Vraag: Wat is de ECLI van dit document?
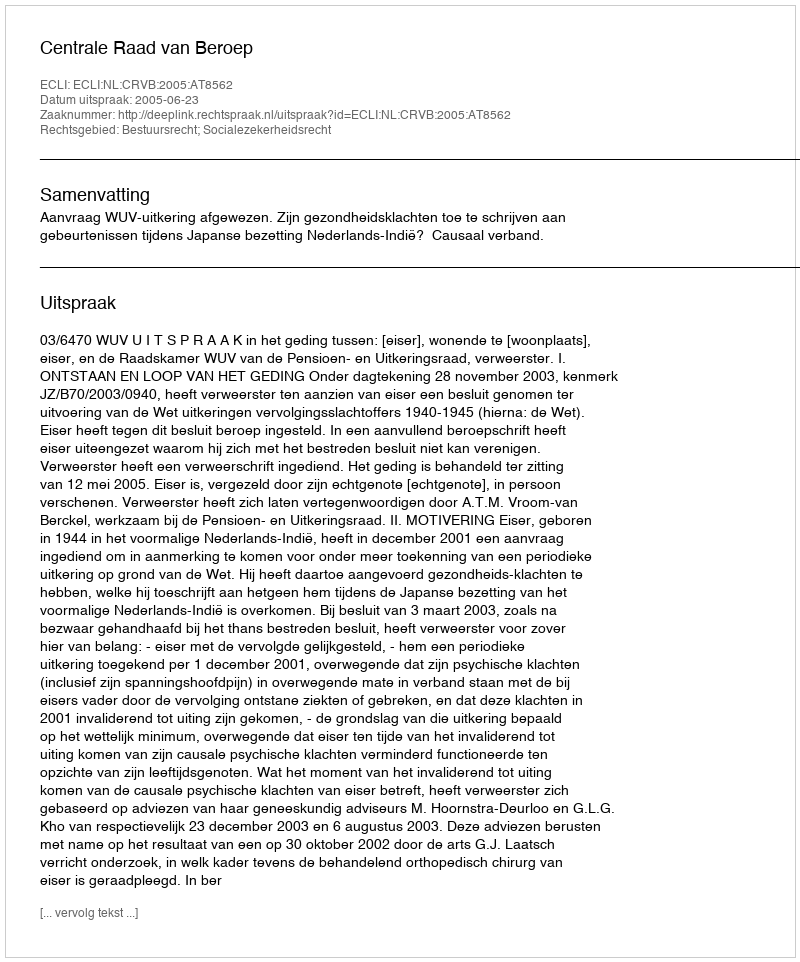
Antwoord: ECLI:NL:CRVB:2005:AT8562